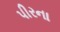
પીરના